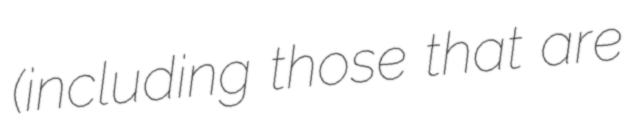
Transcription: (including those that are